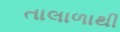
તાલાળાથી